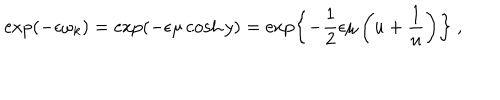
LaTeX: \exp \left( - \epsilon \omega _ { k } \right) = \exp \left( - \epsilon \mu \cosh y \right) = \exp \left\{ - \frac { 1 } { 2 } \epsilon \mu \left( u + \frac { 1 } { u } \right) \right\} \ ,